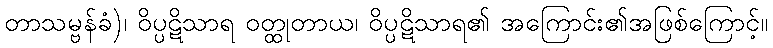
တာသမ္ဗန်ခံ)၊ ဝိပ္ပဋိသာရ ဝတ္ထုတာယ၊ ဝိပ္ပဋိသာရ၏ အကြောင်း၏အဖြစ်ကြောင့်။